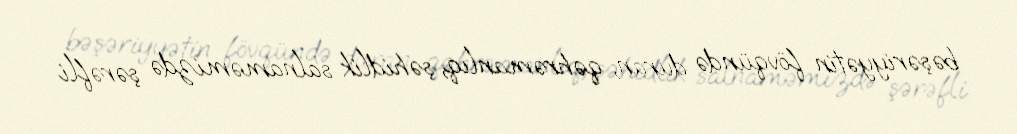
bəşəriyyətin fövqündə duran, qəhrəmanlıq, şəhidlik salnaməmizdə şərəfli